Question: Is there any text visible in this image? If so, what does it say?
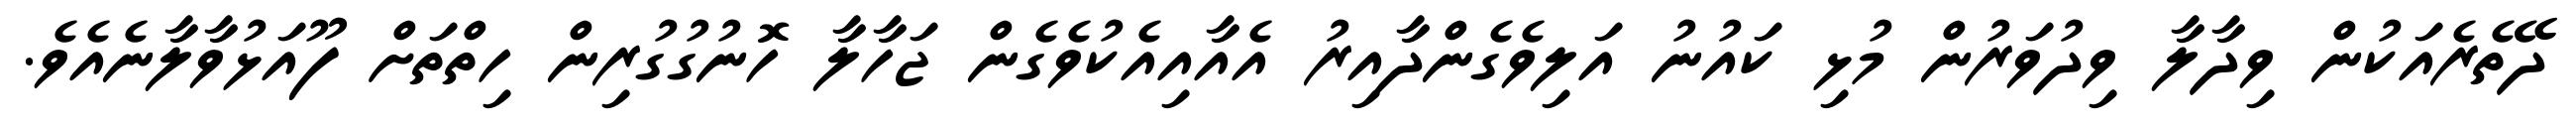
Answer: ދޭތެރެއަކުން ވިދާލާ ވިދުވަރުން މުޅި ކައުނު އަލިވެގެންދާއިރު އެއާއިއެކުވެގެން ޖަހާލާ ހޮނުގުގުރިން ހިތްތަށް ފޫއަޅުވާލާނެއެވެ.